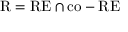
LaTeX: { \mathrm { R } } = { \mathrm { R E } } \cap { \mathrm { c o - R E } }